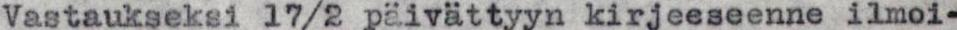
Vastaukseksi l7/2 päivättyyn kirjeeseenne ilmoi-